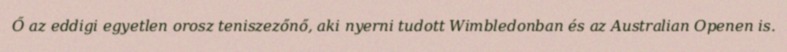
Ő az eddigi egyetlen orosz teniszezőnő, aki nyerni tudott Wimbledonban és az Australian Openen is.